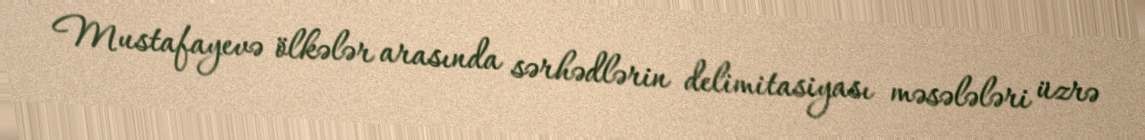
Mustafayevə ölkələr arasında sərhədlərin delimitasiyası məsələləri üzrə